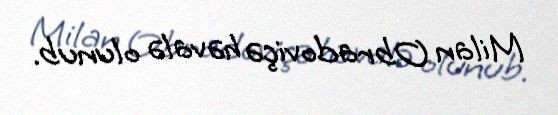
Milan Obradoviçə həvalə olunub.